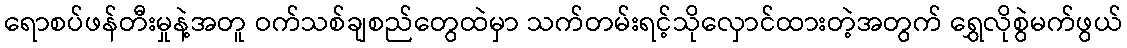
ရောစပ်ဖန်တီးမှုနဲ့အတူ ဝက်သစ်ချစည်တွေထဲမှာ သက်တမ်းရင့်သိုလှောင်ထားတဲ့အတွက် ရွှေလိုစွဲမက်ဖွယ်